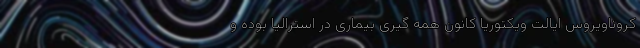
کروناویروس ایالت ویکتوریا کانون همه گیری بیماری در استرالیا بوده و